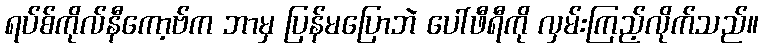
ရပ်စ်ကိုလ်နီကော့ဗ်က ဘာမှ ပြန်မပြောဘဲ ပေါ်ဖီရီကို လှမ်းကြည့်လိုက်သည်။